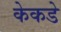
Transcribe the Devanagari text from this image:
केकडे